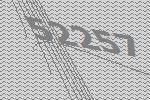
52257